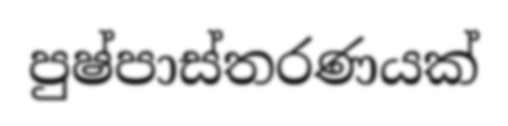
පුෂ්පාස්තරණයක්